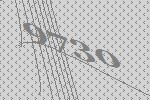
9730